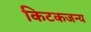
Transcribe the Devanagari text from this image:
किटकजन्य